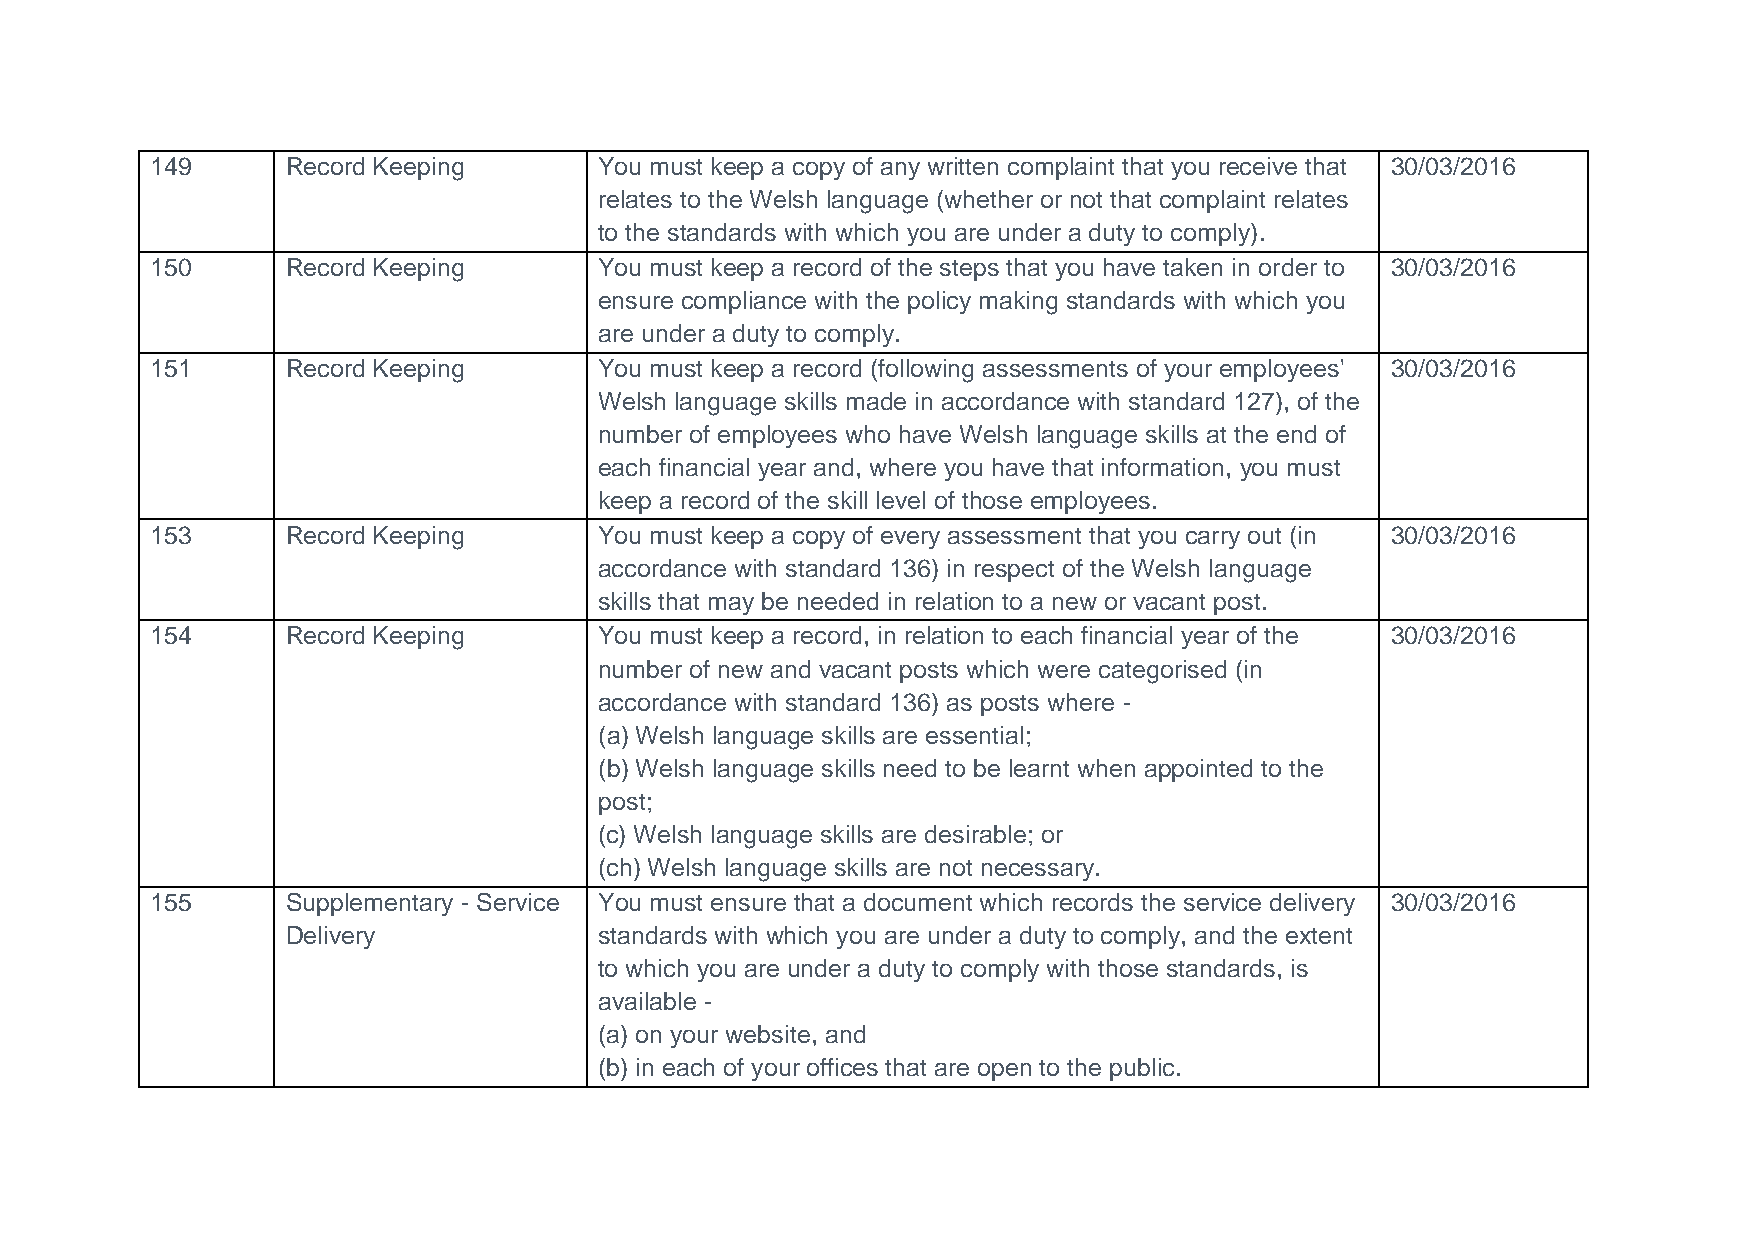
149      Record Keeping       You must keep a copy of any written complaint that you receive that 30/03/2016
 relates to the Welsh language (whether or not that complaint relates
 to the standards with which you are under a duty to comply).
 150      Record Keeping       You must keep a record of the steps that you have taken in order to 30/03/2016
 ensure compliance with the policy making standards with which you
 are under a duty to comply.
 151      Record Keeping       You must keep a record (following assessments of your employees' 30/03/2016
 Welsh language skills made in accordance with standard 127), of the
 number of employees who have Welsh language skills at the end of
 each financial year and, where you have that information, you must
 keep a record of the skill level of those employees.
 153      Record Keeping       You must keep a copy of every assessment that you carry out (in 30/03/2016
 accordance with standard 136) in respect of the Welsh language
 skills that may be needed in relation to a new or vacant post.
 154      Record Keeping       You must keep a record, in relation to each financial year of the 30/03/2016
 number of new and vacant posts which were categorised (in
 accordance with standard 136) as posts where -
 (a) Welsh language skills are essential;
 (b) Welsh language skills need to be learnt when appointed to the
 post;
 (c) Welsh language skills are desirable; or
 (ch) Welsh language skills are not necessary.
 155      Supplementary - Service You must ensure that a document which records the service delivery 30/03/2016
 Delivery             standards with which you are under a duty to comply, and the extent
 to which you are under a duty to comply with those standards, is
 available -
 (a) on your website, and
 (b) in each of your offices that are open to the public.